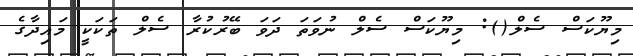
މިޔޫކަސް ސެލް(): މިޔޫކަސް ސެލް ނުވަތަ ދަވަ ބޭރުކުރާ ސެލް ތަކަކީ މައިދާގެ